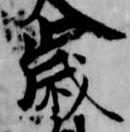
歳